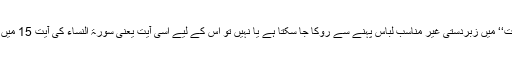
جہاں تک سوال کا تعلق ہے کہ کسی کو ’’اسلامی حکومت‘‘ میں زبردستی غیر مناسب لباس پہنے سے روکا جا سکتا ہے یا نہیں تو اس کے لیے اسی آیت یعنی سورۃ النساء کی آیت 15 میں فحشاء کی سزا گھروں میں روک دینا قرار دی گئی ہے۔